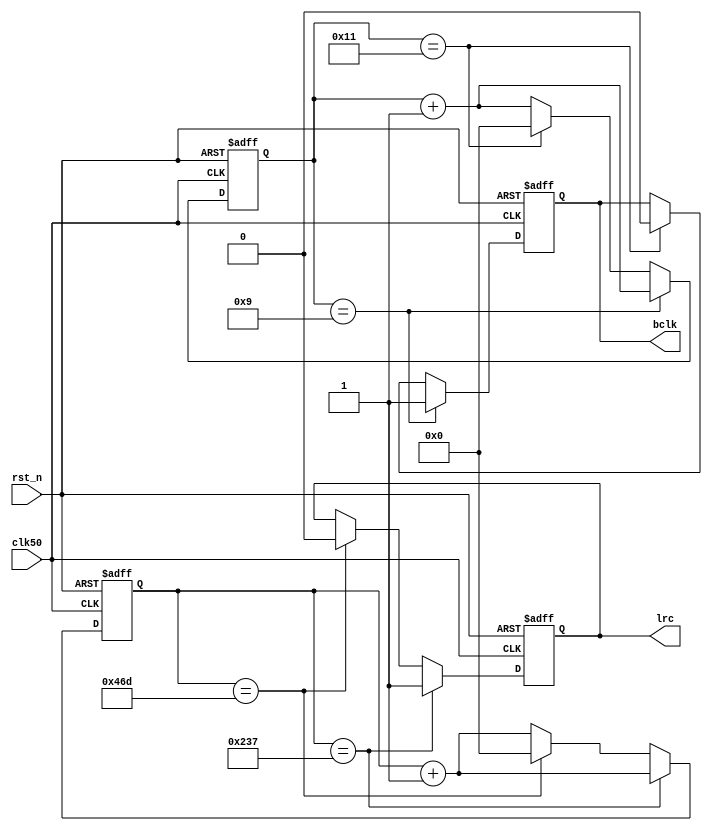
module bclk_lrc(clk50, rst_n,lrc,bclk); 
 input clk50; 
 input rst_n; 
 
 output reg lrc;
 output reg bclk;
 
 reg [15:0] count1;
 reg [15:0] count2;
 
 
 always @(posedge clk50 or negedge rst_n) 
 begin 
	if (!rst_n) begin 
		count1 <=1'b0;
		lrc<=0; 
	end 
	else begin
		if(count1 == 16'd567) begin 
			lrc <= 1'b1; 
			count1 <= count1 + 16'd1; 
		end 
		else if(count1 == 16'd1133) begin 
			lrc <= 1'b0; 
			count1 <= 16'd0; 
		end 
		else begin 
			count1 <= count1 + 16'd1; 
		end 
	end
end 

 always @(posedge clk50 or negedge rst_n) 
 begin 
	if (!rst_n) begin 
		count2 <=1'b0;
		bclk<=0; 
	end 
	else begin
		if(count2 == 16'd9) begin 
			bclk <= 1'b1; 
			count2 <= count2 + 16'd1; 
		end 
		else if(count2 == 16'd17) begin 
			bclk <= 1'b0; 
			count2 <= 16'd0; 
		end 
		else begin 
			count2 <= count2 + 16'd1; 
		end 
	end
end 
endmodule